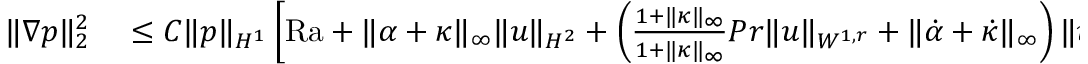
\begin{array} { r l } { \| \nabla p \| _ { 2 } ^ { 2 } } & { { } \leq C \| p \| _ { H ^ { 1 } } \left[ \mathrm { { R a } } + \| \alpha + \kappa \| _ { \infty } \| u \| _ { H ^ { 2 } } + \left( \frac { 1 + \| \kappa \| _ { \infty } } { 1 + \| \kappa \| _ { \infty } } { { P r } } \| u \| _ { W ^ { 1 , r } } + \| \dot { \alpha } + \dot { \kappa } \| _ { \infty } \right) \| u \| _ { H ^ { 1 } } \right] . } \end{array}